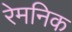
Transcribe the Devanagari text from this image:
रेमनिक